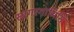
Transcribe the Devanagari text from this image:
सागरगामिनि